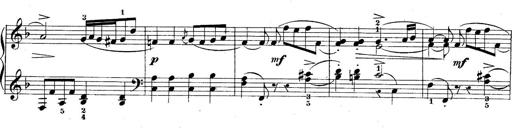
Title: 10 Sonatines progressives
Composer: Anton Schmoll